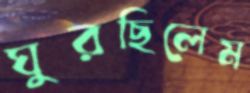
ঘুরছিলেম